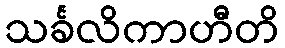
သင်္ခလိကာဟီတိ